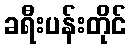
ခရီးပန်းတိုင်